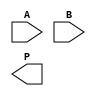
module async_wallace_tree_multiplier #(parameter N = 4) (
    input [N-1:0] A,
    input [N-1:0] B,
    output reg [2*N-1:0] P
);

    // Partial product generation
    wire [N-1:0] pp [N-1:0]; // Partial products
    genvar i;
    generate
        for (i = 0; i < N; i = i + 1) begin : pp_gen
            assign pp[i] = A & {N{B[i]}};
        end
    endgenerate

    // Wallace tree reduction
    wire [2*N-1:0] sum [N-1:0]; // Sums at each level
    wire [N-1:0] carry [N-1:0]; // Carries at each level

    // Initial stage: combine partial products
    generate
        for (i = 0; i < N; i = i + 1) begin : wallace_tree
            if (i == 0) begin
                assign sum[i] = {1'b0, pp[0]} + {1'b0, pp[1]} + {1'b0, pp[2]};
                assign carry[i] = 0; // No carry in the first stage
            end else if (i < N-1) begin
                assign {carry[i], sum[i]} = sum[i-1] + {1'b0, pp[i+2]};
            end else begin
                assign sum[i] = sum[i-1] + {1'b0, pp[i+2]};
                assign carry[i] = 0; // No carry in the last stage
            end
        end
    endgenerate

    // Final addition stage
    always @(*) begin
        P = sum[N-1] + carry[N-1];
    end

endmodule